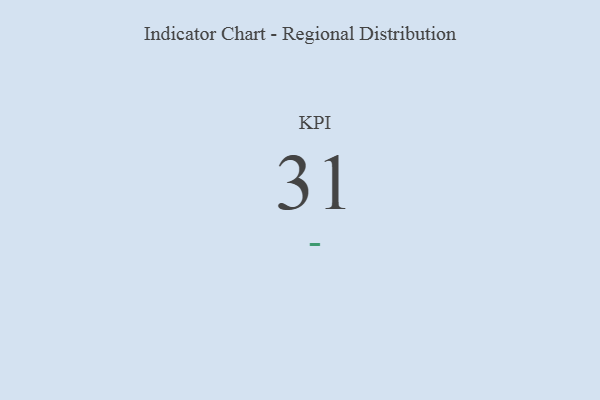
{"axis": {"x": "KPI", "y": "Value"}, "legend": [""], "data": [{"x": "KPI", "y": 31, "type": ""}]}